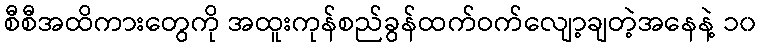
စီစီအထိကားတွေကို အထူးကုန်စည်ခွန်ထက်ဝက်လျော့ချတဲ့အနေနဲ့ ၁၀